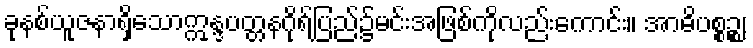
ခုနစ်ယူဇနာရှိသောဣန္ဒပတ္တနဂိုရ်ပြည်၌မင်းအဖြစ်ကိုလည်းကောင်း။ အာဓိပစ္စဉ္စ၊